Code of medical and sanitary regulations for the guidance of medical officers serving in the Madras Presidency - Volume I
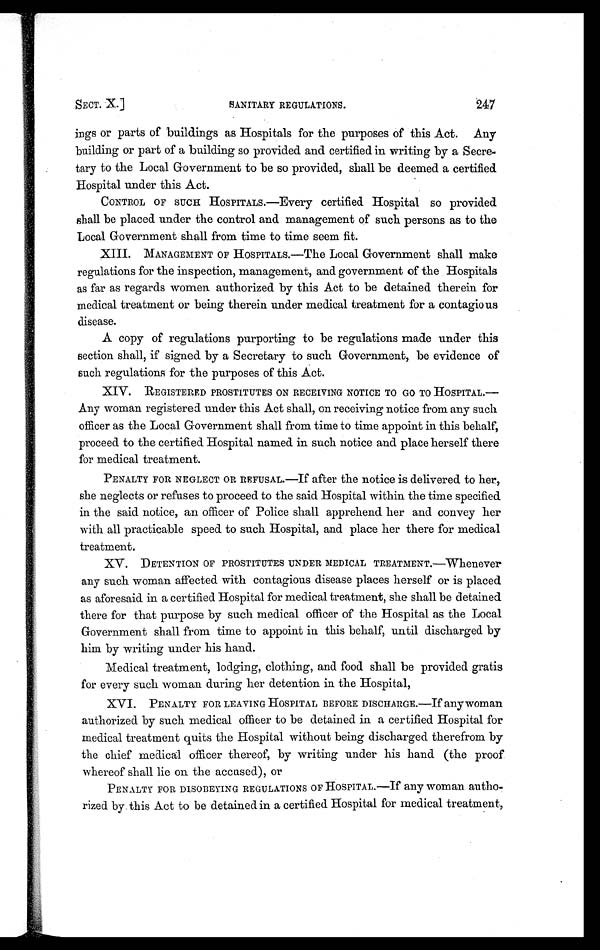
247
SANITARY REGULATIONS.
SECT. X.]
ings or parts of buildings as Hospitals for the purposes of this Act. Any
building or part of a building so provided and certified in writing by a Secre-
tary to the Local Government to be so provided, shall be deemed a certified
Hospital under this Act.
CONTROL OF SUCH HOSPITALS.—Every certified Hospital so provided
shall be placed under the control and management of such persons as to the
Local Government shall from time to time seem fit.
XIII. MANAGEMENT OF HOSPITALS.—The Local Government shall make
regulations for the inspection, management, and government of the Hospitals
as far as regards women authorized by this Act to be detained therein for
medical treatment or being therein under medical treatment for a contagious
disease.
A copy of regulations purporting to be regulations made under this
section shall, if signed by a Secretary to such Government, be evidence of
such regulations for the purposes of this Act.
XIV. REGISTERED PROSTITUTES ON RECEIVING NOTICE TO GO TO HOSPITAL.—
Any woman registered under this Act shall, on receiving notice from any such
officer as the Local Government shall from time to time appoint in this behalf,
proceed to the certified Hospital named in such notice and place herself there
for medical treatment.
PENALTY FOR NEGLECT OR REFUSAL.—If after the notice is delivered to her,
she neglects or refuses to proceed to the said Hospital within the time specified
in the said notice, an officer of Police shall apprehend her and convey her
with all practicable speed to such Hospital, and place her there for medical
treatment.
XV. DETENTION OF PROSTITUTES UNDER MEDICAL TREATMENT.—Whenever
any such woman affected with contagious disease places herself or is placed
as aforesaid in a certified Hospital for medical treatment, she shall be detained
there for that purpose by such medical officer of the Hospital as the Local
Government shall from time to appoint in this behalf, until discharged by
him by writing under his hand.
Medical treatment, lodging, clothing, and food shall be provided gratis
for every such woman during her detention in the Hospital,
XVI. PENALTY FOR LEAVING HOSPITAL BEFORE DISCHARGE.—If any woman
authorized by such medical officer to be detained in a certified Hospital for
medical treatment quits the Hospital without being discharged therefrom by
the chief medical officer thereof, by writing under his hand (the proof
whereof shall lie on the accused), or
PENALTY FOR DISOBEYING REGULATIONS OF HOSPITAL.—If any woman autho-
rized by this Act to be detained in a certified Hospital for medical treatment,